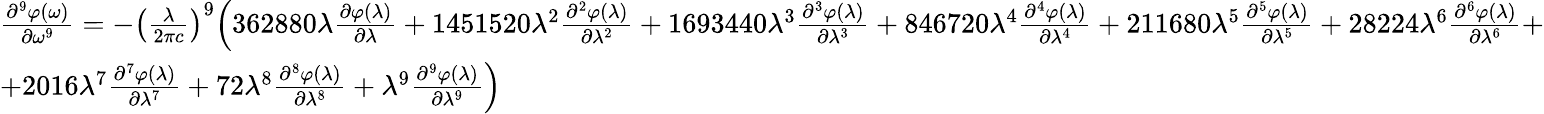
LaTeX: {\begin{array}{l}{{\frac{{\partial}^{9}\varphi\mathrm{(}\omega\mathrm{)}}{\partial{\omega}^{\mathrm{9}}}}={-}{\left({\frac{\lambda}{\mathrm{2}\pi c}}\right)}^{\mathrm{9}}{\Bigl(}\mathrm{362880}\lambda{\frac{\partial\varphi\mathrm{(}\lambda\mathrm{)}}{\partial\lambda}}+\mathrm{1451520}{\lambda}^{\mathrm{2}}{\frac{{\partial}^{2}\varphi\mathrm{(}\lambda\mathrm{)}}{\partial{\lambda}^{\mathrm{2}}}}+\mathrm{1693440}{\lambda}^{\mathrm{3}}{\frac{{\partial}^{3}\varphi\mathrm{(}\lambda\mathrm{)}}{\partial{\lambda}^{\mathrm{3}}}}+\mathrm{846720}{\lambda}^{\mathrm{4}}{\frac{{\partial}^{4}\varphi\mathrm{(}\lambda\mathrm{)}}{\partial{\lambda}^{\mathrm{4}}}}+\mathrm{211680}{\lambda}^{\mathrm{5}}{\frac{{\partial}^{5}\varphi\mathrm{(}\lambda\mathrm{)}}{\partial{\lambda}^{\mathrm{5}}}}+\mathrm{28224}{\lambda}^{\mathrm{6}}{\frac{{\partial}^{6}\varphi\mathrm{(}\lambda\mathrm{)}}{\partial{\lambda}^{\mathrm{6}}}}+}\\ {+\mathrm{2016}{\lambda}^{\mathrm{7}}{\frac{{\partial}^{7}\varphi\mathrm{(}\lambda\mathrm{)}}{\partial{\lambda}^{\mathrm{7}}}}+\mathrm{72}{\lambda}^{\mathrm{8}}{\frac{{\partial}^{8}\varphi\mathrm{(}\lambda\mathrm{)}}{\partial{\lambda}^{\mathrm{8}}}}+{\lambda}^{\mathrm{9}}{\frac{\partial^{\mathrm{9}}\varphi\mathrm{(}\lambda\mathrm{)}}{\partial{\lambda}^{\mathrm{9}}}}{\Bigr)}}\end{array}}